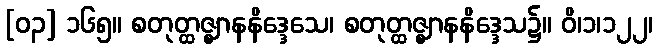
[၀၃] ၁၆၅။ စတုတ္ထဇ္ဈာနနိဒ္ဒေသေ၊ စတုတ္ထဇ္ဈာနနိဒ္ဒေသ၌။ ဝိ၊၁၊၁၂၂၊